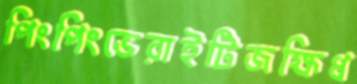
পিংপিংভেরাইটিজক্ষিধ